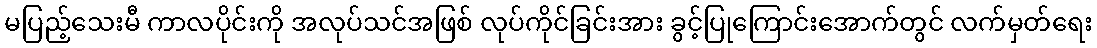
မပြည့်သေးမီ ကာလပိုင်းကို အလုပ်သင်အဖြစ် လုပ်ကိုင်ခြင်းအား ခွင့်ပြုကြောင်းအောက်တွင် လက်မှတ်ရေး